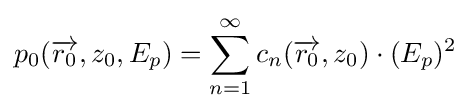
p_{0}({\overrightarrow {r_{0}}},z_{0},E_{p})=\sum _{n=1}^{\infty }c_{n}({\overrightarrow {r_{0}}},z_{0})\cdot (E_{p})^{2}